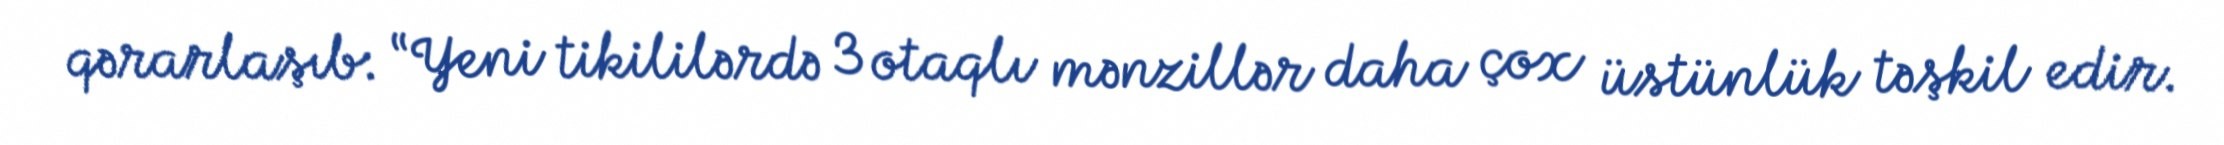
qərarlaşıb: “Yeni tikililərdə 3 otaqlı mənzillər daha çox üstünlük təşkil edir.